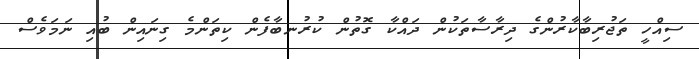
ސިއްހީ ތަޖުރިބާކާރުންގެ ދިރާސާތަކުން ދައްކާ ގޮތުންް ކުރުނބާފެން ކިތަންމެ ގިނައިން ބުއި ނަމަވެސް